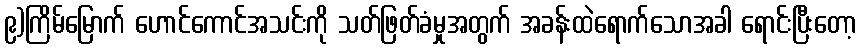
၉)ကြိမ်မြောက် ဟောင်ကောင်အသင်းကို သတ်ဖြတ်ခံမှုအတွက် အခန်းထဲရောက်သောအခါ ရောင်းပြီးတော့